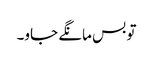
تو بس مانگے جاو۔